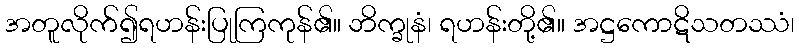
အတူလိုက်၍ရဟန်းပြုကြကုန်၏။ ဘိက္ခုနံ၊ ရဟန်းတို့၏။ အဋ္ဌကောဋိသတဿံ၊